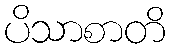
ပိသာစာတိ